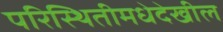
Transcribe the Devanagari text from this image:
परिस्थितीमधेदेखील